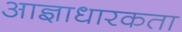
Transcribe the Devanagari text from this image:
आज्ञाधारकता